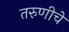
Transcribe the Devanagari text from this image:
तरुणीचे